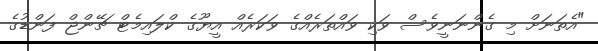
"އެތަނަށް މި ގެންނަނީވެސް ވަކި ވައްތަރެއްގެ ވަކަރެއް އީޔޫގެ ކްލައިމެޓް ޗޭންޖް ފަންޑުގެ